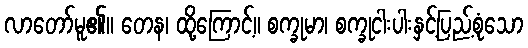
လာတော်မူ၏။ တေန၊ ထို့ကြောင့်။ စက္ခုမာ၊ စက္ခုငါးပါးနှင့်ပြည့်စုံသော